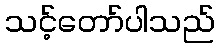
သင့်တော်ပါသည်